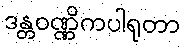
ဒန္တဝဏ္ဏိကပါရုတာ